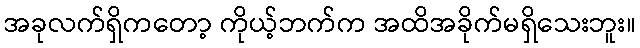
အခုလက်ရှိကတော့ ကိုယ့်ဘက်က အထိအခိုက်မရှိသေးဘူး။